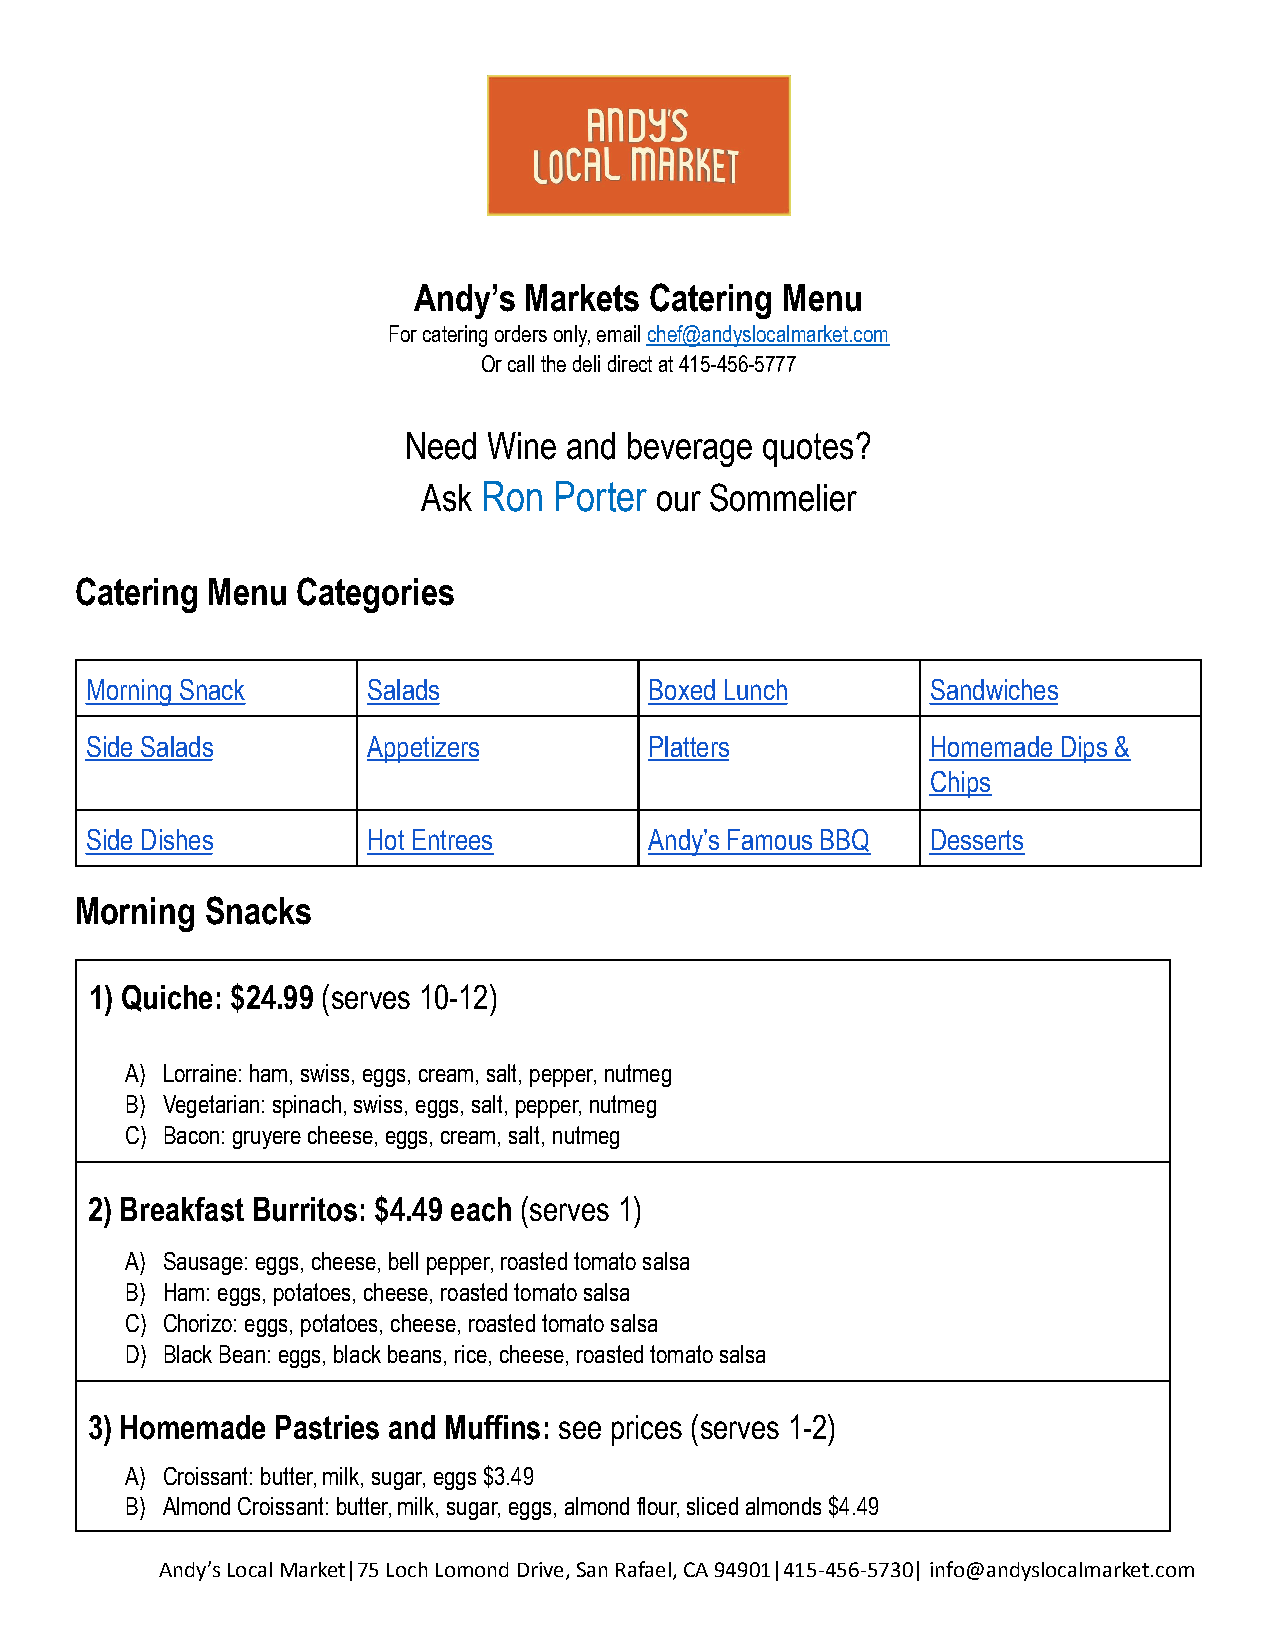
Andy’s  Markets Catering Menu
 For catering orders only, emailchef@andyslocalmarket.com
 Or call the deli direct at 415-456-5777
 Need Wine and beverage quotes?
 Ask Ron  Porter our Sommelier
 Catering Menu  Categories
 Morning Snack     Salads             Boxed Lunch        Sandwiches
 Side Salads       Appetizers         Platters           Homemade Dips &
 Chips
 Side Dishes       Hot Entrees        Andy’s Famous BBQ  Desserts
 Morning  Snacks
 1) Quiche: $24.99 (serves 10-12)
 A) Lorraine: ham, swiss, eggs, cream, salt, pepper, nutmeg
 B) Vegetarian: spinach, swiss, eggs, salt, pepper, nutmeg
 C) Bacon: gruyere cheese, eggs, cream, salt, nutmeg
 2) Breakfast Burritos: $4.49 each (serves 1)
 A) Sausage: eggs, cheese, bell pepper, roasted tomatosalsa
 B) Ham: eggs, potatoes, cheese, roasted tomato salsa
 C) Chorizo: eggs, potatoes, cheese, roasted tomato salsa
 D) Black Bean: eggs, black beans, rice, cheese, roastedtomato salsa
 3) Homemade Pastries and Muffins: see prices (serves 1-2)
 A) Croissant: butter, milk, sugar, eggs $3.49
 B) Almond Croissant: butter, milk, sugar, eggs, almondflour, sliced almonds $4.49
 Andy’s Local Market|75 Loch Lomond Drive, San Rafael,CA 94901|415-456-5730| info@andyslocalmarket.com